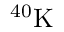
^ { 4 0 } \mathrm { { K } }